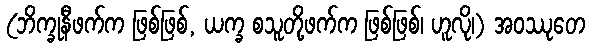
(ဘိက္ခုနီဖက်က ဖြစ်ဖြစ်, ယက္ခ စသူတို့ဖက်က ဖြစ်ဖြစ်၊ ဟူလို၊) အဝဿုတေ